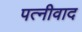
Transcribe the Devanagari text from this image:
पत्नीवाद